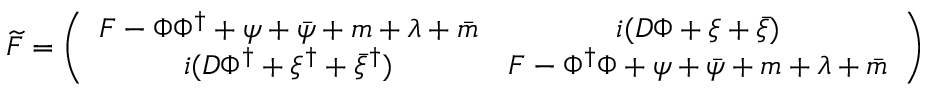
\widetilde { \cal F } = \left( \begin{array} { c c } { { F - \Phi \Phi ^ { \dag } + \psi + \bar { \psi } + m + \lambda + \bar { m } } } & { { i ( D \Phi + \xi + \bar { \xi } ) } } \\ { { i ( D \Phi ^ { \dag } + \xi ^ { \dag } + \bar { \xi } ^ { \dag } ) } } & { { F - \Phi ^ { \dag } \Phi + \psi + \bar { \psi } + m + \lambda + \bar { m } } } \end{array} \right)